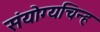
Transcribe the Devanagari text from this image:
संयोग्यचिन्ह